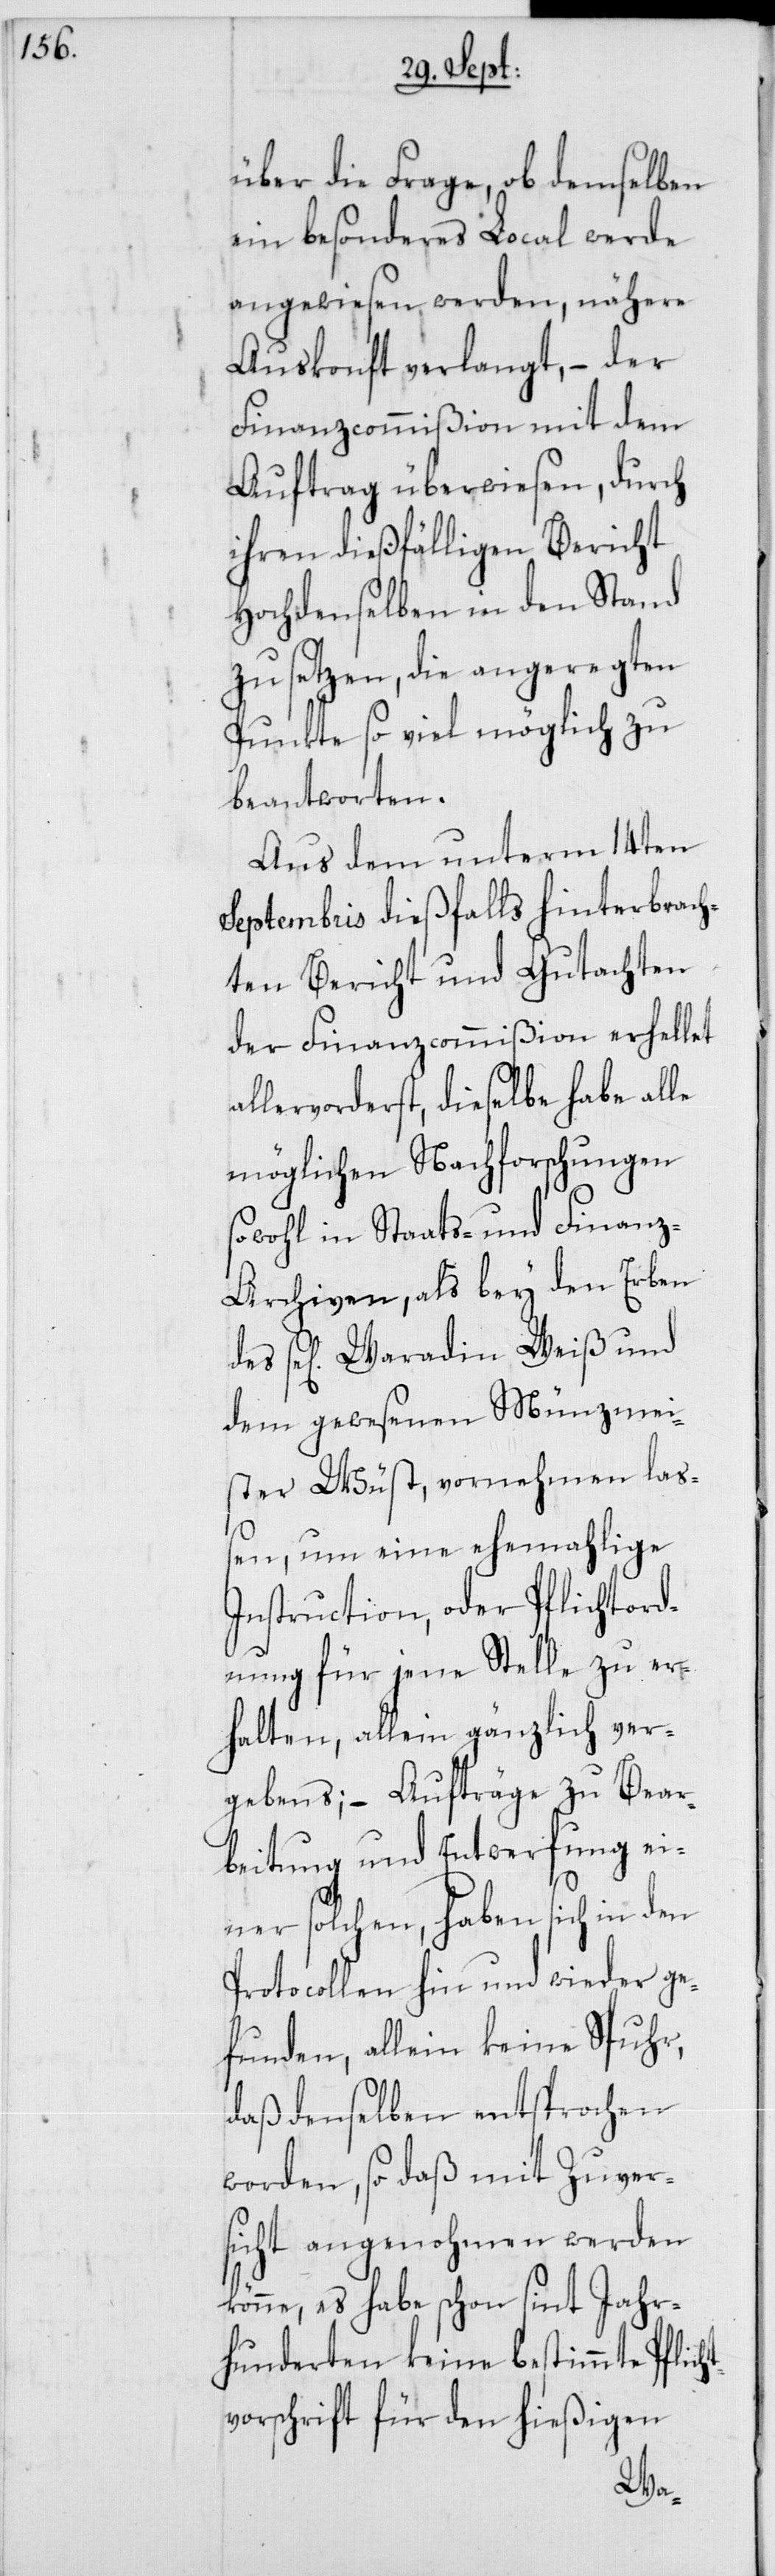
über die Frage, ob demselben
ein besonderes Local werde
angewiesen werden, nähere
Auskonft verlangt, – der
Finanzcommißion mit dem
Auftrag überwiesen, durch
ihren dießfälligen Bericht
Hochdenselben in den Stand
zu setzen, die angeregten
Punkte so viel möglich zu
beantworten.
Aus dem unterm 14ten
Septembris dießfalls hinterbrach¬
ten Bericht und Gutachten
der Finanzcommißion erhellet
allervorderst, dieselbe habe alle
möglichen Nachforschungen
sowohl in Staats- und Finanz-A¬
rchiven, als bey den Erben
se[ligen] Waradin Weiß und
dem gewesenen Münzmei¬
ster Wüst, vornehmen laß¬
en, um eine ehemahlige
Instruction, oder Pflichtord¬
nung für jene Stelle zu er¬
halten, allein gänzlich ver¬
gebens; – Aufträge zu Bear¬
beitung und Entwerfung ei¬
ner solchen, haben sich in den
Protocollen hin und wieder ge¬
funden, allein keine Spuhr,
daß denselben entsprochen
worden, so daß mit Zuver¬
sicht angenohmen werden
könne, es habe schon sint Jahr¬
hunderten keine bestimmte Pflic¬
vorschrift für den hießigen
ht¬